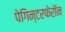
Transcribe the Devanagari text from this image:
पेगिन्टरफेरॉन